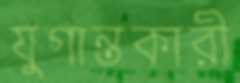
যুগান্তকারী